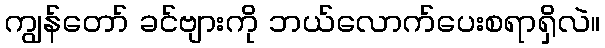
ကျွန်တော် ခင်ဗျားကို ဘယ်လောက်ပေးစရာရှိလဲ။